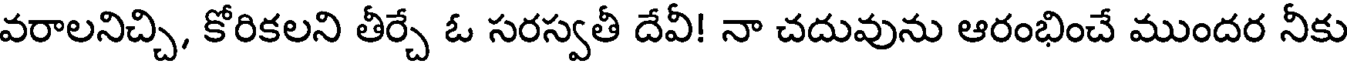
వరాలనిచ్చి, కోరికలని తీర్చే ఓ సరస్వతీ దేవీ! నా చదువును ఆరంభించే ముందర నీకు